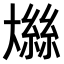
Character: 𫯼